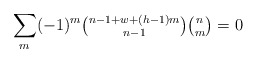
\begin{align*} \sum_{m} (-1)^{m} \tbinom{ n-1+w + (h-1) m }{n-1} \tbinom{n}{m}= 0 \end{align*}